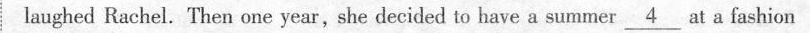
laughed Rachel. Then one year, she decided to have a summer _4_at a fashion